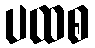
ပထစ